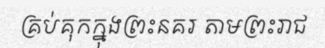
គ្រប់គុកក្នុងព្រះនគរ តាមព្រះរាជ